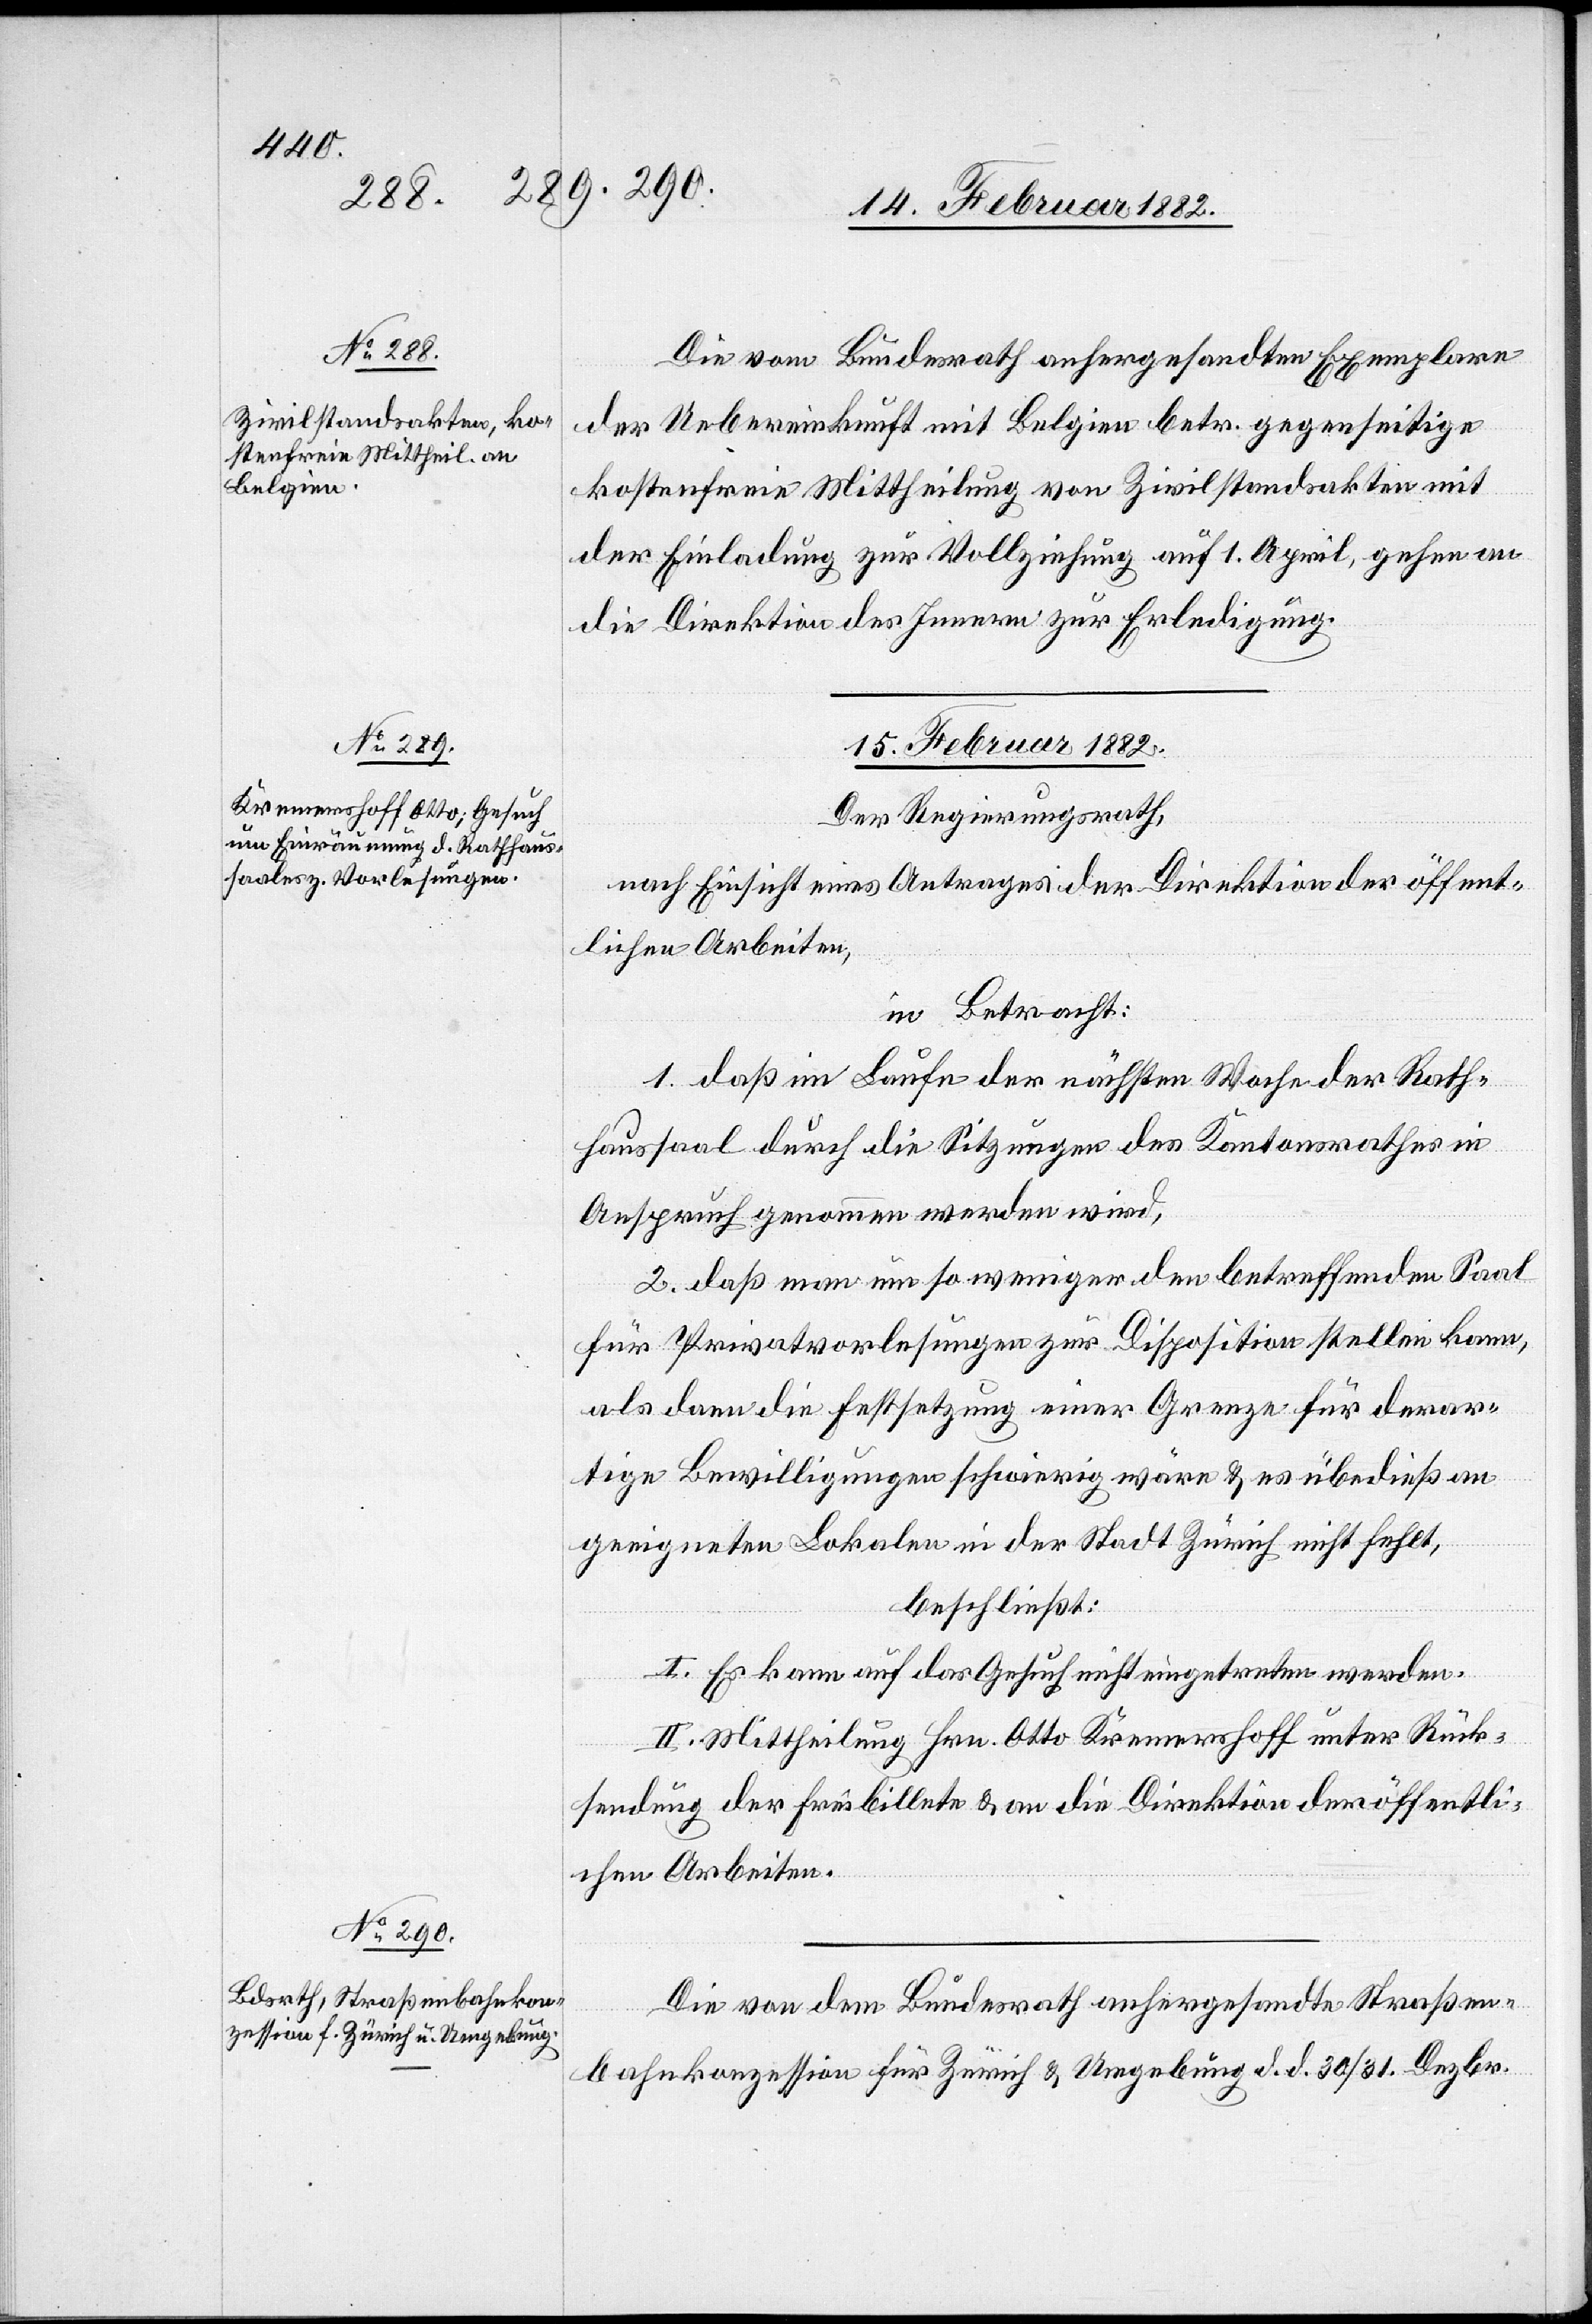
14. Februar 1882.]
Die vom Bundesrath anhergesandten Exemplare
der Uebereinkunft mit Belgien betr. gegenseitige
kostenfreie Mittheilung von Zivilstandsakten mit
der Einladung zur Vollziehung auf 1. April, gehen an
die Direktion des Innern zur Erledigung.
15. Februar 1882.]
Der Regierungsrath,
nach Einsicht eines Antrages der Direktion der öffent¬
lichen Arbeiten,
in Betracht:
1. daß im Laufe der nächsten Woche der Rath¬
haussaal durch die Sitzungen des Kantonsrathes in
Anspruch genommen werden wird,
2. daß man um so weniger den betreffenden Saal
für Privatvorlesungen zur Disposition stellen kann,
als dann die Festsetzung einer Grenze für derar¬
tige Bewilligungen schwierig wäre & es überdieß am
geeigneten Lokalen in der Stadt Zürich nicht fehlt,
beschließt:
I. Es kann auf das Gesuch nicht eingetreten werden.
II. Mittheilung Hrn. Otto Kremershoff unter Rück¬
sendung der Freibillete & an die Direktion der öffentli¬
chen Arbeiten.
Die von dem Bundesrath anhergesandte Straßen¬
bahnkonzession für Zürich & Umgebung d. d. 30/31. Dezbr